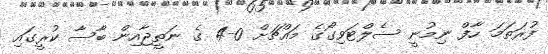
ފުރަތަމަ ހާފް ނިމުނީ ސެލްޓަވިގޯގެ މައްޗަށް 0-4 ގެ ނަތީޖާއިން ބާސާ ކުރީގައި